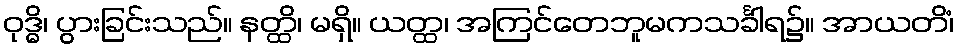
ဝုဒ္ဓိ၊ ပွားခြင်းသည်။ နတ္ထိ၊ မရှိ။ ယတ္ထ၊ အကြင်တေဘူမကသင်္ခါရ၌။ အာယတိံ၊